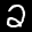
Label: 2